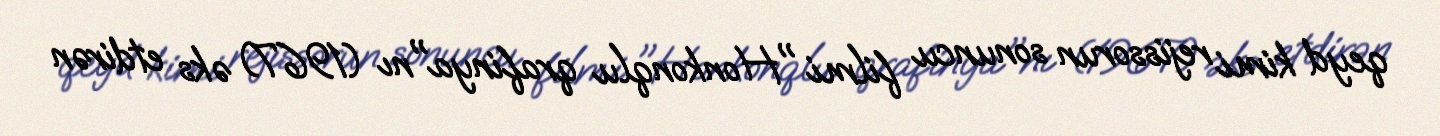
qeyd kimi rejissorun sonuncu filmi "Honkonqlu qrafinya"nı (1967) əks etdirən